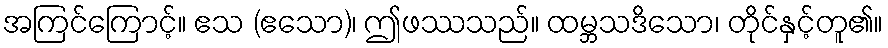
အကြင်ကြောင့်။ ဧသ (ဧသော)၊ ဤဖဿသည်။ ထမ္ဘသဒိသော၊ တိုင်နှင့်တူ၏။